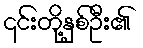
၎င်းတို့နှစ်ဦး၏